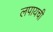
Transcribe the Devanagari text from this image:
लपायची